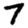
Digit: 7